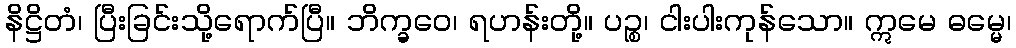
နိဋ္ဌိတံ၊ ပြီးခြင်းသို့ရောက်ပြီ။ ဘိက္ခဝေ၊ ရဟန်းတို့။ ပဉ္စ၊ ငါးပါးကုန်သော။ ဣမေ ဓမ္မေ၊